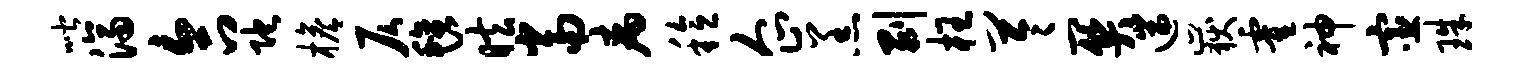
喈济合陀檐仄毡眩当病稔企羔剥枉苓关遄岳霍神宦珠